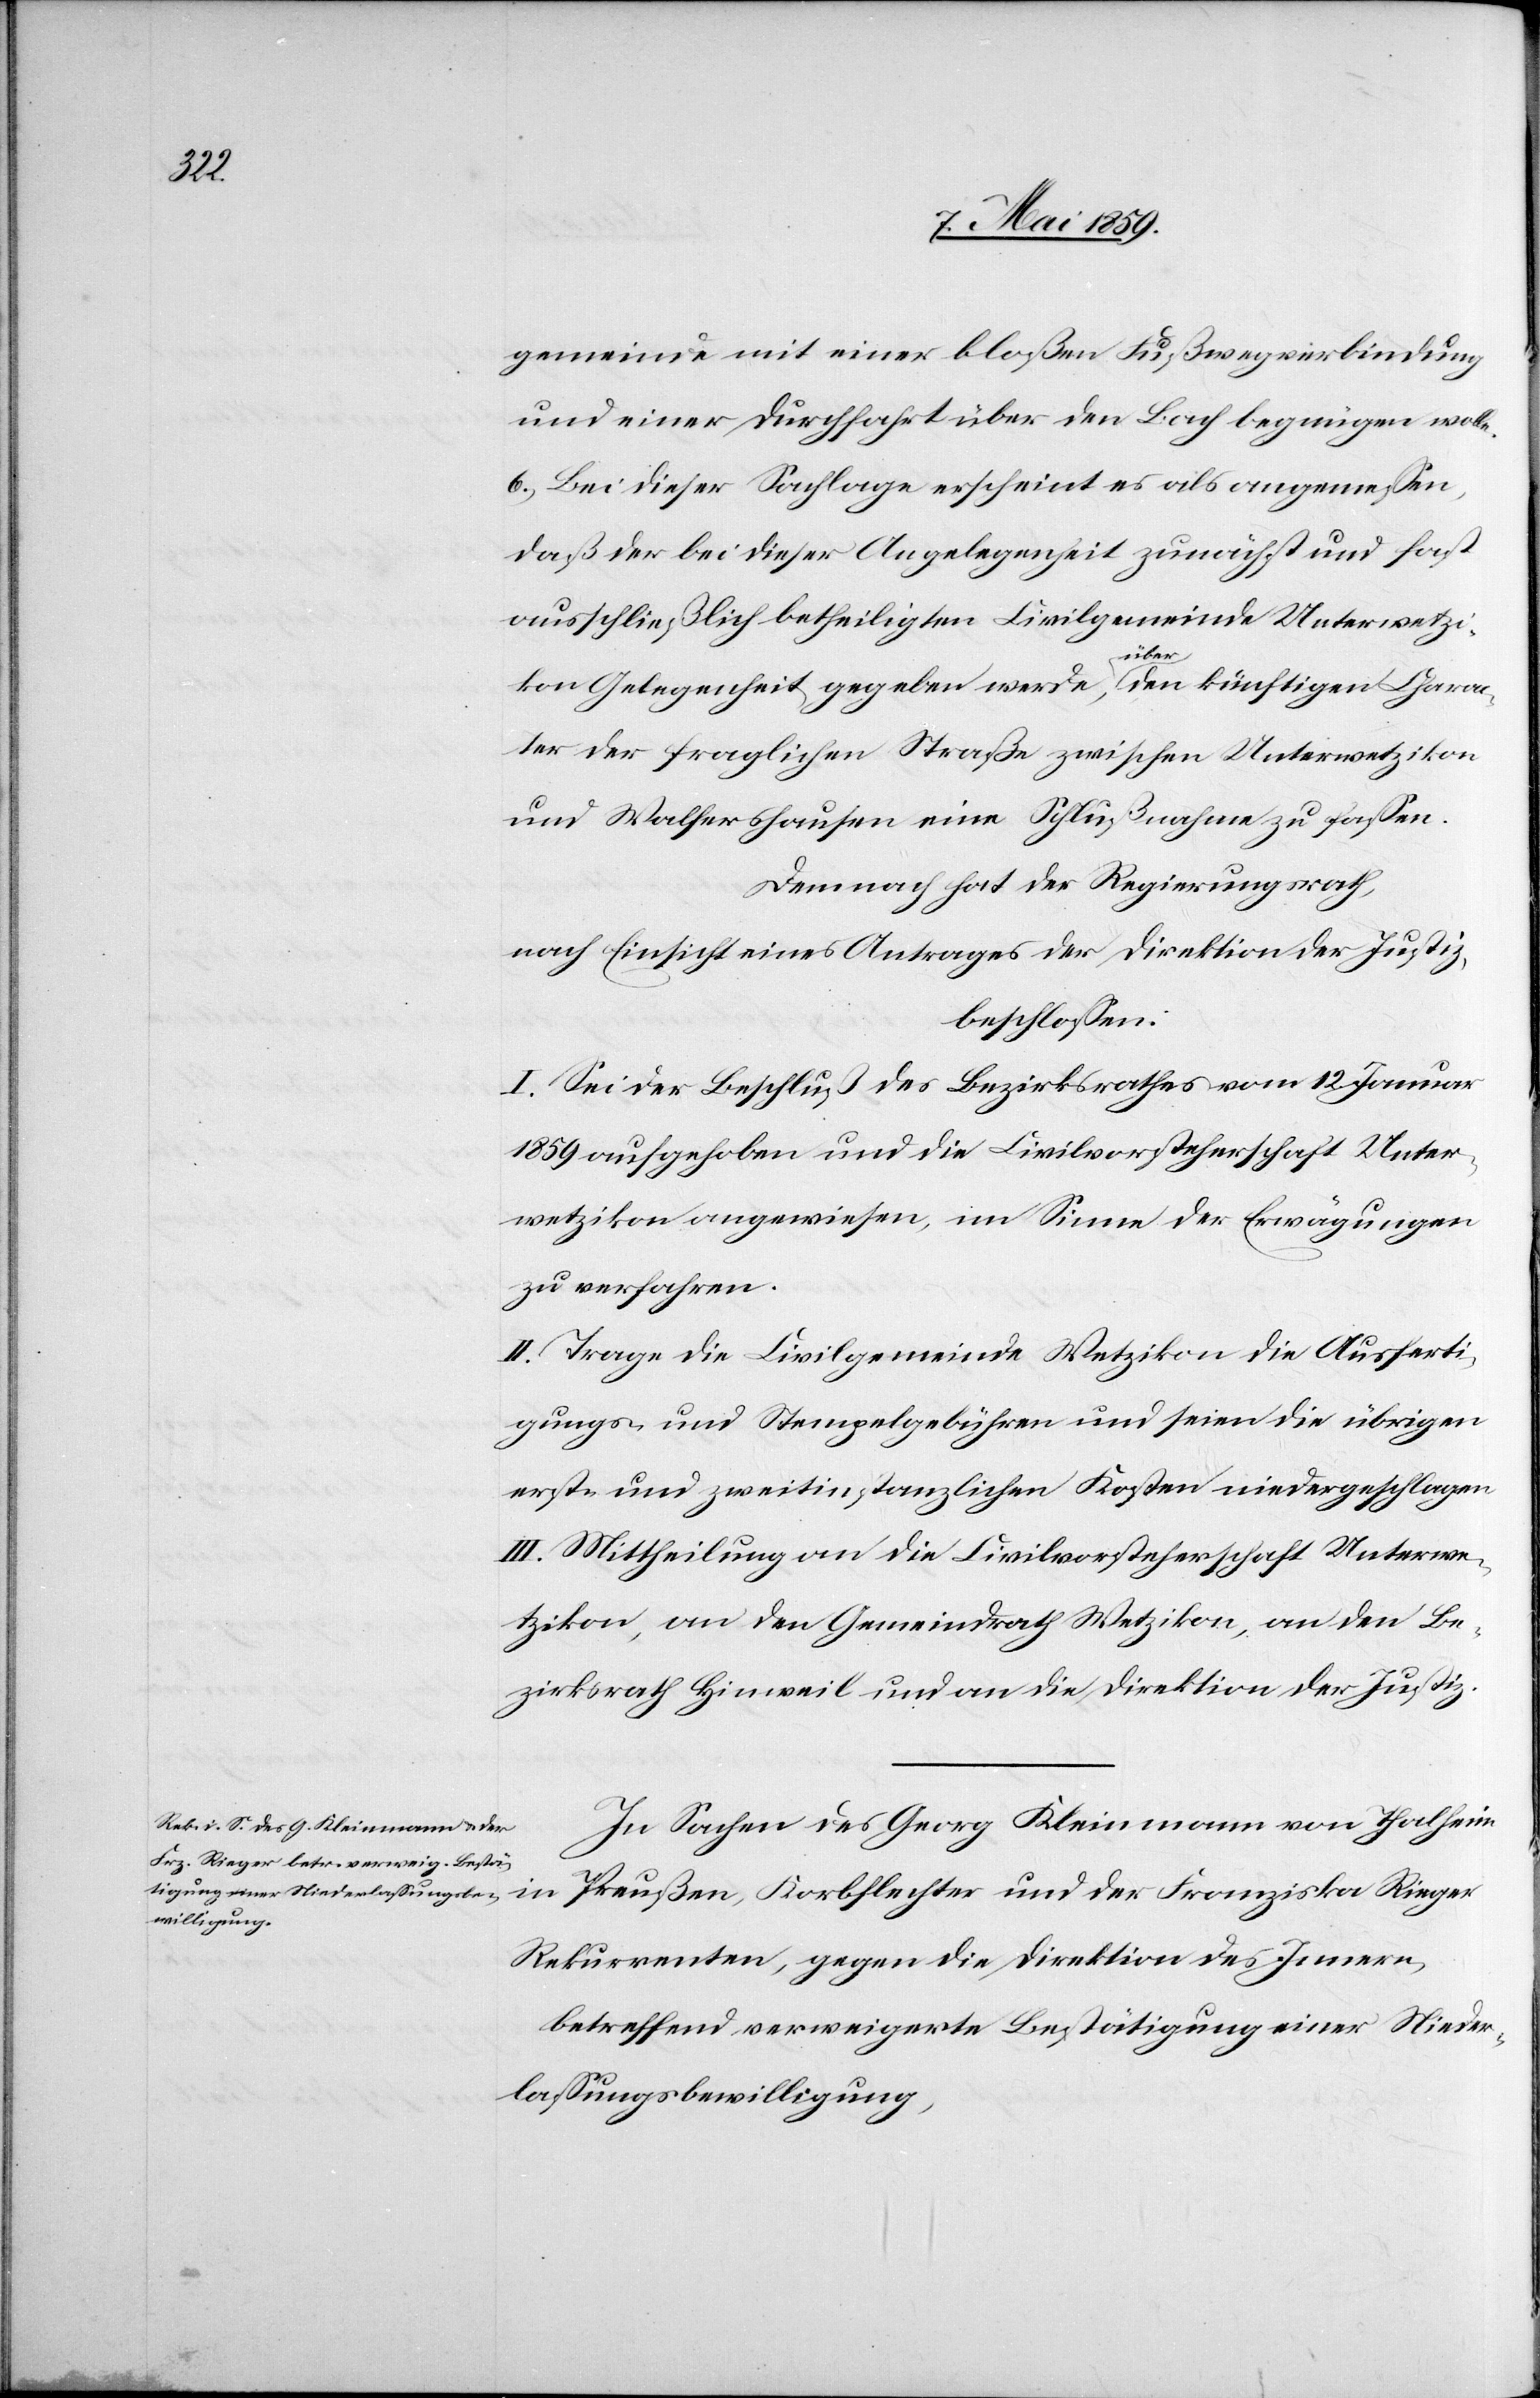
gemeinde mit einer bloßen Fußwegverbindung
und einer Durchfahrt über den Bach begnügen wolle.
6) Bei dieser Sachlage erscheint es als angemeßen,
daß der bei dieser Angelegenheit zunächst und fast
ausschließlich betheiligten Civilgemeinde Unterwetzi¬
kon Gelegenheit gegeben werde, über den künftigen Charac¬
ter der fraglichen Straße zwischen Unterwetzikon
und Walfershausen eine Schlußnahme zu faßen.
Demnach hat der Regierungsrath,
nach Einsicht eines Antrages der Direktion der Justiz,
beschloßen:
I. Sei der Beschluß des Bezirksrathes vom 12. Januar
1859 aufgehoben und die Civilvorsteherschaft Unter¬
wetzikon angewiesen, im Sinne der Erwägungen
zu verfahren.
II. Trage die Civilgemeinde Wetzikon die Ausferti¬
gungs- und Stempelgebühren und seien die übrigen
erst- und zweitinstanzlichen Kosten niedergeschlagen.
III. Mittheilung an die Civilvorsteherschaft Unterwe¬
tzikon, an den Gemeindrath Wetzikon, an den Be¬
zirksrath Hinweil und an die Direktion der Justiz.
In Sachen des Georg Kleinmann von Thalheim
Preußen, Korbflechter und der Franziska Rieger
Rekurrenten, gegen die Direktion des Innern,
betreffend verweigerte Bestätigung einer Nieder¬
laßungsbewilligung,